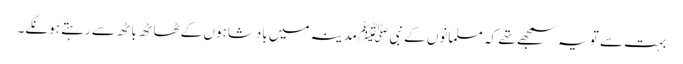
بہت سے تو یہ سمجھے تھے کہ مسلمانوں کے نبیﷺ مدینہ میں بادشاہوں کے ٹھاٹھ باٹھ سے رہتے ہونگے۔